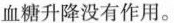
血糖升降没有作用。